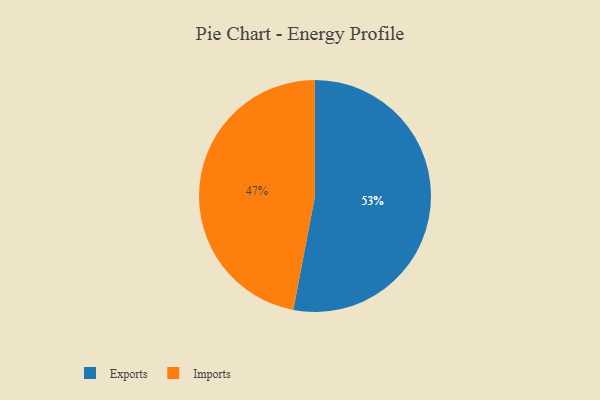
{"axis": {"x": "Category", "y": "Percentage"}, "legend": ["Exports", "Imports"], "data": [{"x": "Imports", "y": 47, "type": "Imports"}, {"x": "Exports", "y": 53, "type": "Exports"}]}